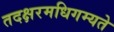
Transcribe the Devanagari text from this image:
तदक्षरमधिगम्यते